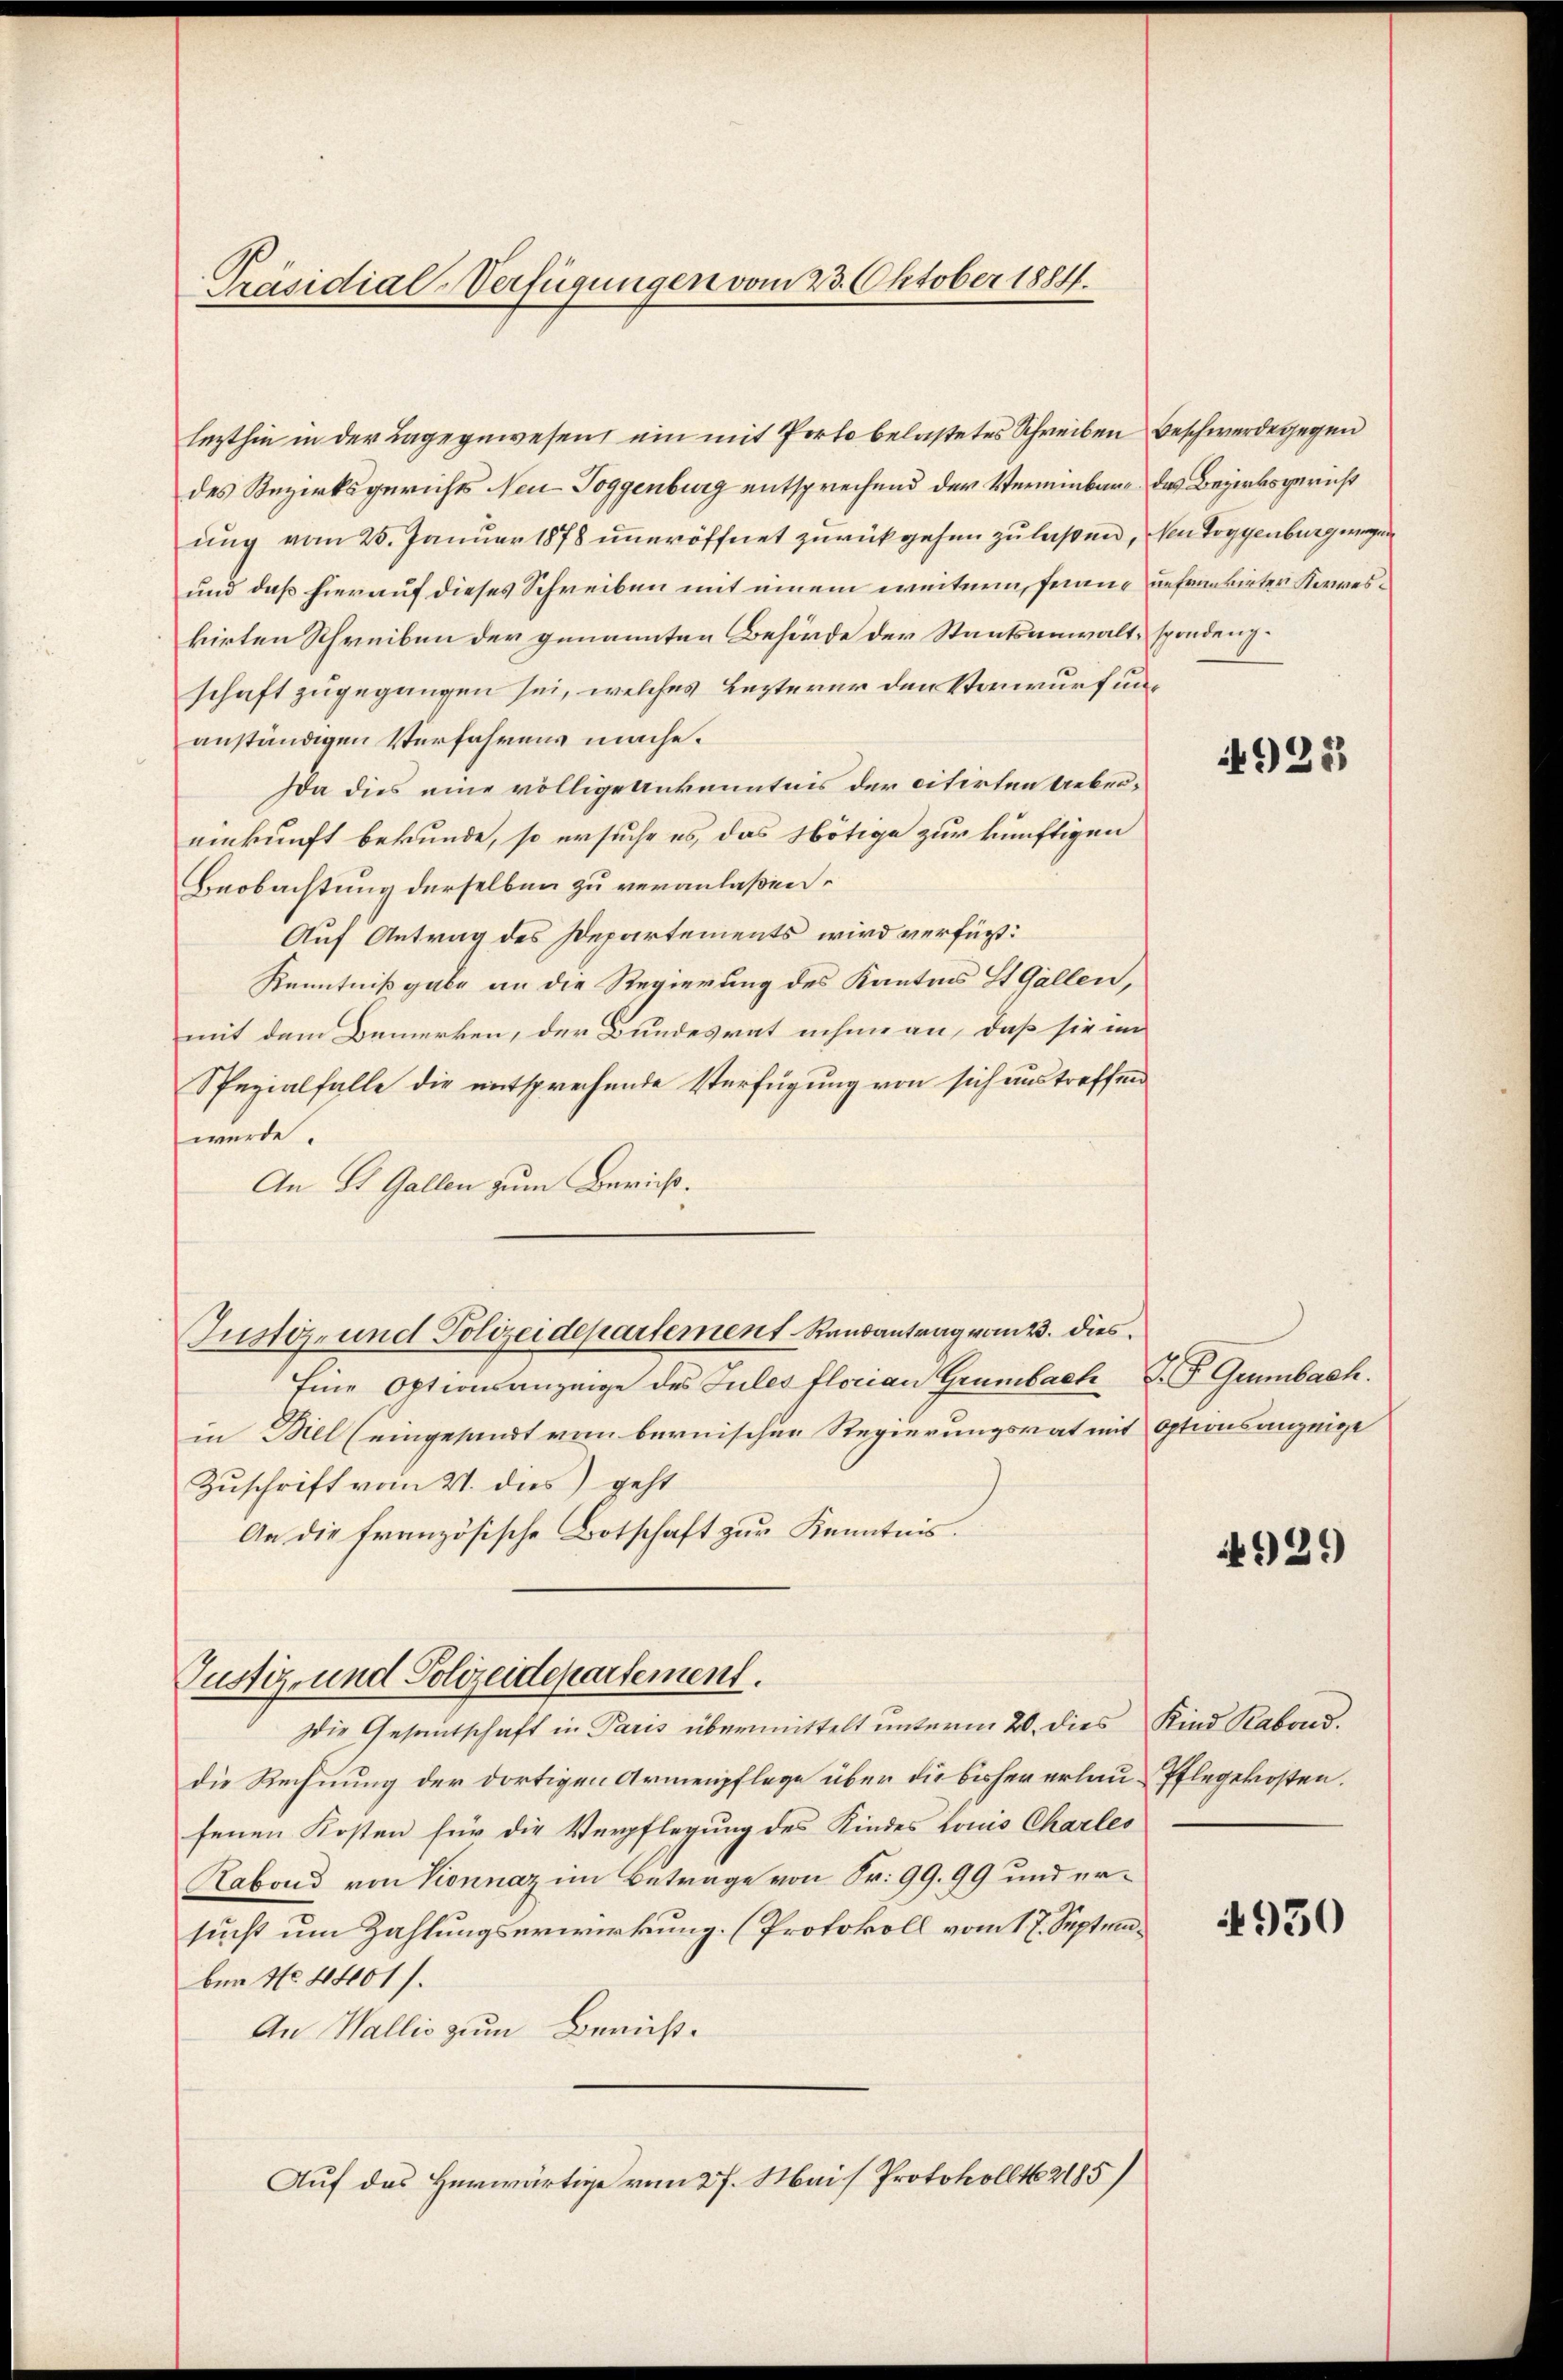
Präsidial-Verfügungen vom 23. Oktober 1884.

des Bezirksgerichts Neu-Toggenburg entsprechend der Vereinbare das Bezirksgericht
ung vom 25. Januar 1878 uneröffnet zurückgehen zu laßen, den Toggenburg wegen
und daß hierauf dieses Schreiben mit einem weitern, franz unfreutirter Kermeskirten Schreiben der genannten Behörde der Staatsanwaltschaft zugegangen sei, welches Lezterer den Vorwurf unanständigen Verfahrens mache.
Da dies eine völlige Ankenntnis der citirten Uebereinkunft bekunde, so ersuche es, das Nötige zur künftigen
Beobachtung derselben zu veranlaßen.
Auf Antrag des Departements wird verfügt:
Kenntnißgabe an die Regierung des Kantons St. Gallen,
mit dem Bemerken, der Bundesrat nehme an, daß sie im
Spezialfalle die entsprechende Verfügung von sich austreffen
würde.
An St. Gallen zum Bericht¬
Eine Optionsanzeige des Jules florian Grünbach P. F. Gemmbach.
in Biel (eingesandt vom bernischen Regierungsrat mit Optionsanzeige
Zuschrift vom 21. das geht
An die französische Botschaft zur Kenntnis.
Justiz- und Polizeidepartement.
Die Gesantschaft in Paris übermittelt unterm 20. dies Kind Rabend.
die Rechnung der dortigen Armenpflege über die bisher erlau-Pflegekosten.
fenen Kosten für die Verpflegung des Kindes Louis Charles
Rabond von Vionnaz im Betrage von Fr. 99. 99 und ersucht um Zahlungserwirkung. (Protokoll vom 17. Septemben No 48001).
An Wallis zum Berüß¬
Auf das Herwärtige vom 27. Mais Protokoll No 2185)

lezthin in der Lage gewesen ein mit Porto belastetes Schreiben beschwerde gegen

Justiz und Polizeidepartement Randantrag vom 2. dies

spendenz.

925)

4929)

930